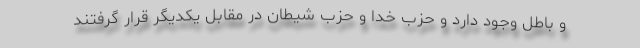
و باطل وجود دارد و حزب خدا و حزب شیطان در مقابل یکدیگر قرار گرفتند